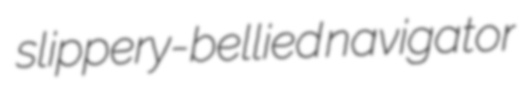
slippery-bellied navigator